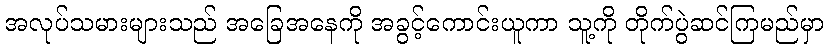
အလုပ်သမားများသည် အခြေအနေကို အခွင့်ကောင်းယူကာ သူ့ကို တိုက်ပွဲဆင်ကြမည်မှာ